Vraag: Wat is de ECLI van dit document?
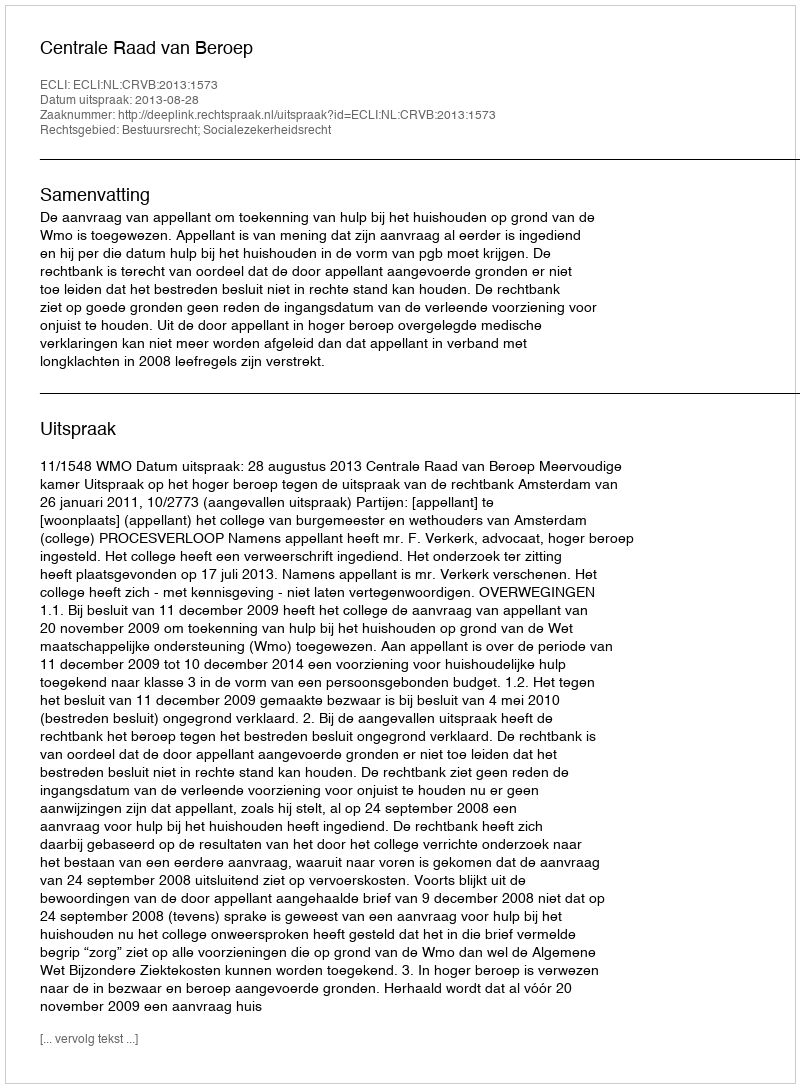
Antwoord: ECLI:NL:CRVB:2013:1573